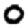
Digit: 0